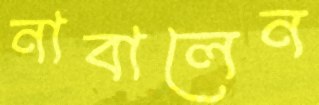
নাবালেন